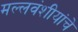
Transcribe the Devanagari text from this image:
मल्लवंशीयांचे